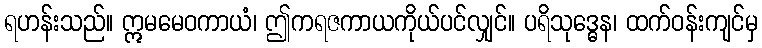
ရဟန်းသည်။ ဣမမေဝကာယံ၊ ဤကရဇကာယကိုယ်ပင်လျှင်။ ပရိသုဒ္ဓေန၊ ထက်ဝန်းကျင်မှ